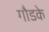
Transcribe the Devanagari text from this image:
गौडके